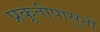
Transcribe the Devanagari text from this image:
प्रकृतीपासुनी